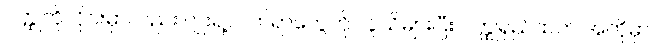
ဝတ္ထုတိုလိုင်းမှာလည်း ဂျူးရဲ့လက်ရာတွေကို လူသိများပြီး ဝတ္ထုရှည်ထက် အတိုမှာ